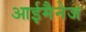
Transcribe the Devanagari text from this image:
आईमैनेज